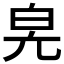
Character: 𤽕